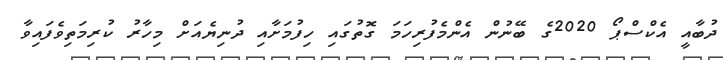
ދުބާއީ އެކްސްޕޯ 2020ގެ ބޭނުން އެންމެފުރިހަމަ ގޮތުގައި ހިފުމަށާއި ދުނިޔެއަށް މިހާރު ކުރިމަތިވެފައިވާ